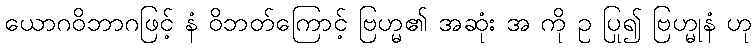
ယောဂဝိဘာဂဖြင့် နံ ဝိဘတ်ကြောင့် ဗြဟ္မ၏ အဆုံး အ ကို ဥ ပြု၍ ဗြဟ္မုနံ ဟု